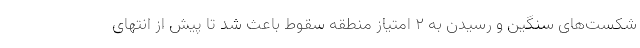
شکست‌های سنگین و رسیدن به 2 امتیاز منطقه سقوط باعث شد تا پیش از انتهای